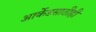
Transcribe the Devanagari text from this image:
आर्केडसाठीही